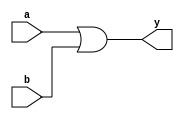
`timescale 1ns / 1ps


module ORL(a,b,y);
	input a,b;
	output y;
	wire w;
	nor (w,a,b);
	nor (y,w,w);
endmodule